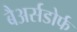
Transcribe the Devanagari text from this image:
बैअर्सडोर्फ